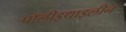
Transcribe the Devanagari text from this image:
पॉलीइथाइलीन